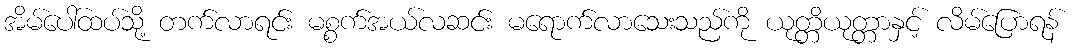
အိမ်ပေါ်ထပ်သို့ တက်လာရင်း မစ္စက်အယ်လဆင်း မရောက်လာသေးသည်ကို ယုတ္တိယုတ္တာနှင့် လိမ်ပြောရန်